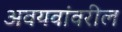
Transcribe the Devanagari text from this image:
अवयवांवरील